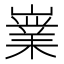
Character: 嶪